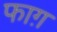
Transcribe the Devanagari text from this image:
फाग़